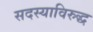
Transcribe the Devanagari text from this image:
सदस्याविरुद्ध